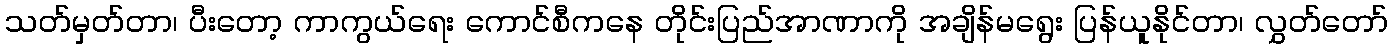
သတ်မှတ်တာ၊ ပီးတော့ ကာကွယ်ရေး ကောင်စီကနေ တိုင်းပြည်အာဏာကို အချိန်မရွေး ပြန်ယူနိုင်တာ၊ လွှတ်တော်